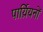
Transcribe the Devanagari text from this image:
पार्य़ियनों